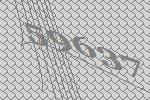
59637